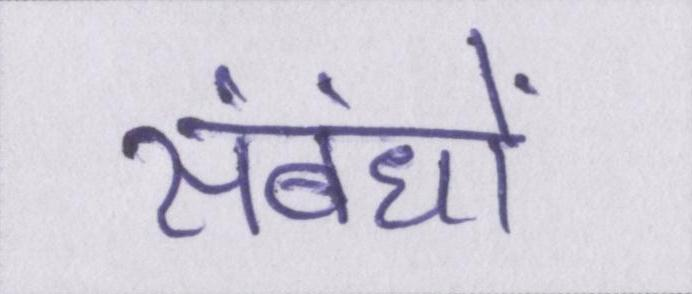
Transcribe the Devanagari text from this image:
संबंधों